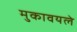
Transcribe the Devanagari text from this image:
मुकावयले